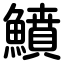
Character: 鱝